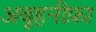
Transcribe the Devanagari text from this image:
अबूहनीफ़ा